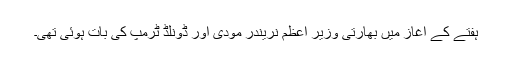
ہفتے کے آغاز میں بھارتی وزیر اعظم نریندر مودی اور ڈونلڈ ٹرمپ کی بات ہوئی تھی۔